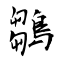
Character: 鶵